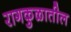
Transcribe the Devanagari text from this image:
रागकुळातील